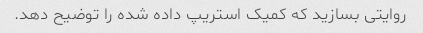
روایتی بسازید که کمیک استریپ داده شده را توضیح دهد.